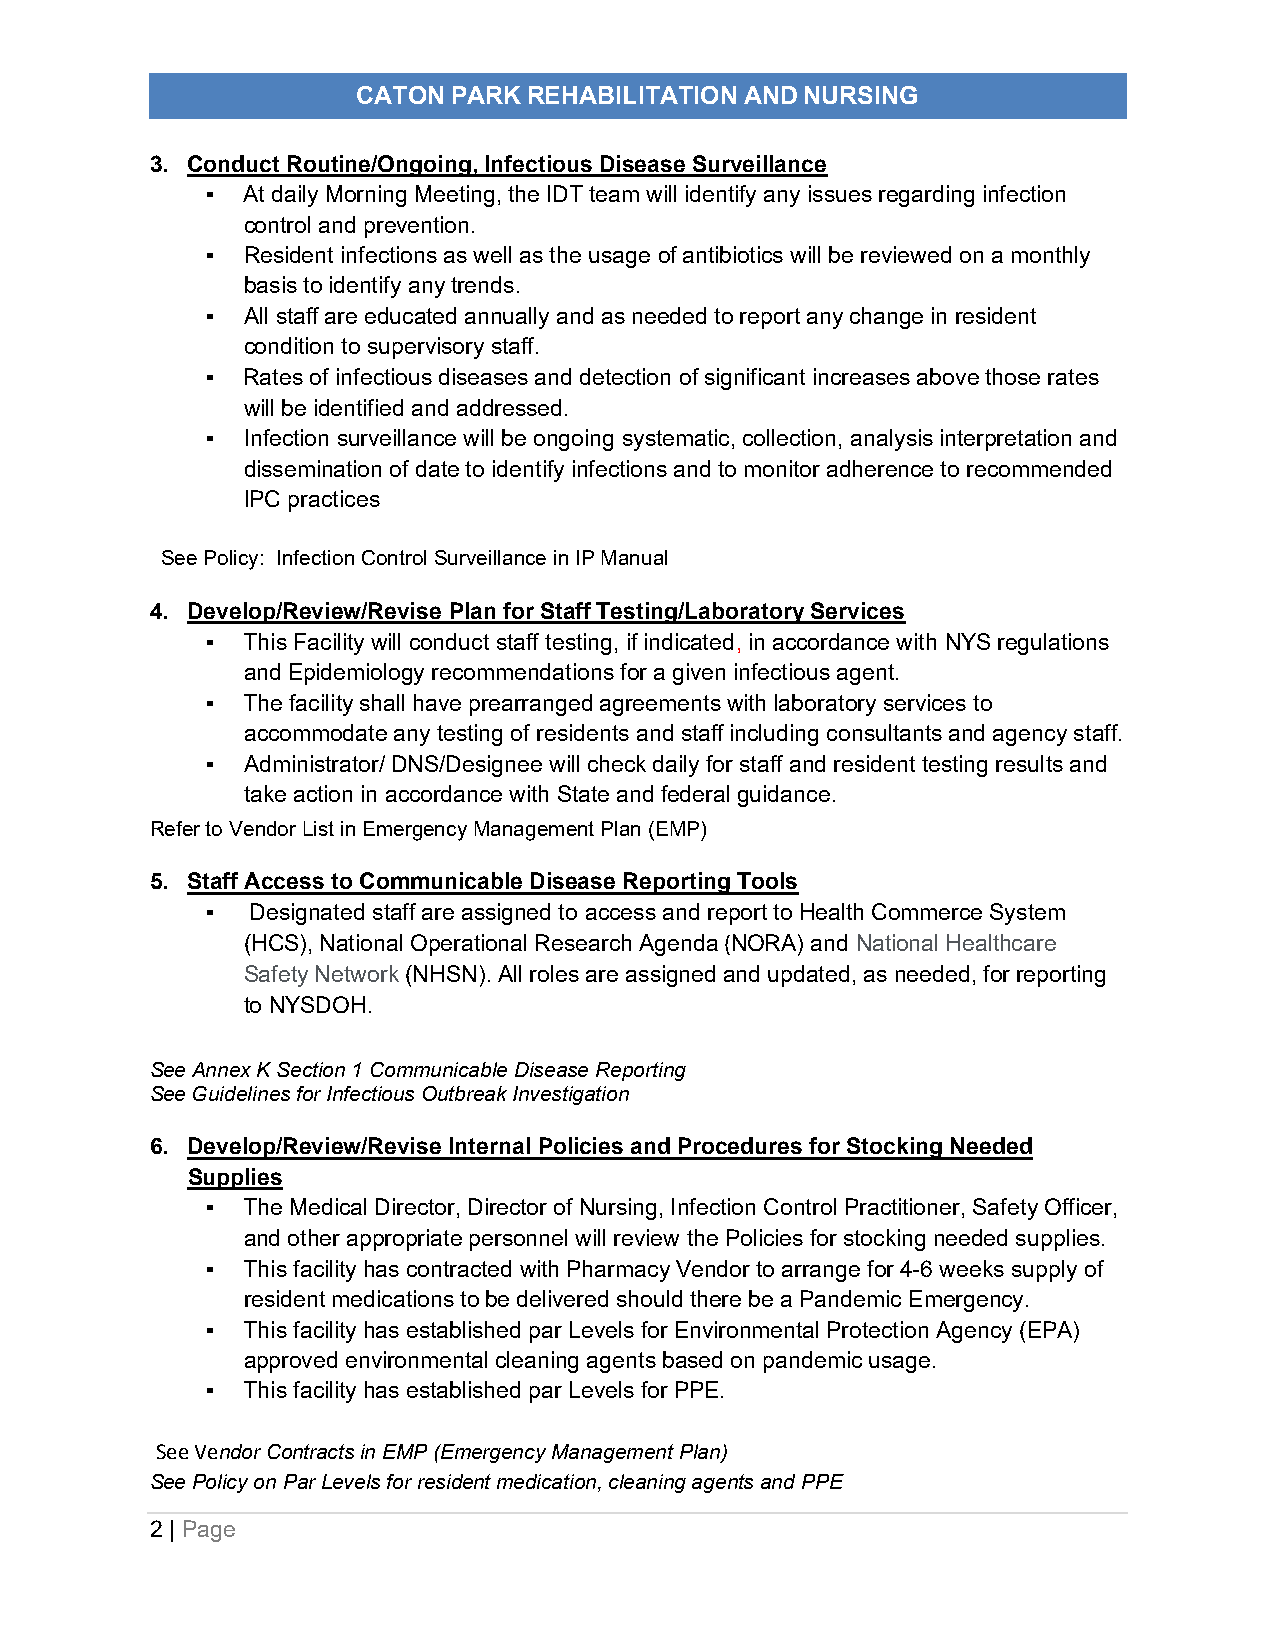
CATON PARK REHABILITATION AND NURSING
 PANDEMIC   EMERGENCY   PLAN
 3. Conduct Routine/Ongoing, Infectious Disease Surveillance
 ▪ At daily Morning Meeting, the IDT team will identify any issues regarding infection
 control and prevention.
 ▪ Resident infections as well as the usage of antibiotics will be reviewed on a monthly
 basis to identify any trends.
 ▪ All staff are educated annually and as needed to report any change in resident
 condition to supervisory staff.
 ▪ Rates of infectious diseases and detection of significant increases above those rates
 will be identified and addressed.
 ▪ Infection surveillance will be ongoing systematic, collection, analysis interpretation and
 dissemination of date to identify infections and to monitor adherence to recommended
 IPC practices
 See Policy: Infection Control Surveillance in IP Manual
 4. Develop/Review/Revise Plan for Staff Testing/Laboratory Services
 ▪ This Facility will conduct staff testing, if indicated, in accordance with NYS regulations
 and Epidemiology recommendations for a given infectious agent.
 ▪ The facility shall have prearranged agreements with laboratory services to
 accommodate any testing of residents and staff including consultants and agency staff.
 ▪ Administrator/ DNS/Designee will check daily for staff and resident testing results and
 take action in accordance with State and federal guidance.
 Refer to Vendor List in Emergency Management Plan (EMP)
 5. Staff Access to Communicable Disease Reporting Tools
 ▪  Designated staff are assigned to access and report to Health Commerce System
 (HCS), National Operational Research Agenda (NORA) and National Healthcare
 Safety Network (NHSN). All roles are assigned and updated, as needed, for reporting
 to NYSDOH.
 See Annex K Section 1 Communicable Disease Reporting
 See Guidelines for Infectious Outbreak Investigation
 6. Develop/Review/Revise Internal Policies and Procedures for Stocking Needed
 Supplies
 ▪ The Medical Director, Director of Nursing, Infection Control Practitioner, Safety Officer,
 and other appropriate personnel will review the Policies for stocking needed supplies.
 ▪ This facility has contracted with Pharmacy Vendor to arrange for 4-6 weeks supply of
 resident medications to be delivered should there be a Pandemic Emergency.
 ▪ This facility has established par Levels for Environmental Protection Agency (EPA)
 approved environmental cleaning agents based on pandemic usage.
 ▪ This facility has established par Levels for PPE.
 See Vendor Contracts in EMP (Emergency Management Plan)
 See Policy on Par Levels for resident medication, cleaning agents and PPE
 2 | Page